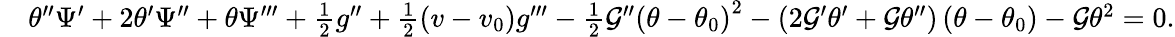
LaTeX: \begin{array}{rl}&{\theta^{\prime\prime}\Psi^{\prime}+2\theta^{\prime}\Psi^{\prime\prime}+\theta\Psi^{\prime\prime\prime}+\frac{1}{2}g^{\prime\prime}+\frac{1}{2}(v-v_{0})g^{\prime\prime\prime}-\frac{1}{2}\mathcal{G}^{\prime\prime}\left(\theta-\theta_{0}\right)^{2}-\left(2\mathcal{G}^{\prime}\theta^{\prime}+\mathcal{G}\theta^{\prime\prime}\right)\left(\theta-\theta_{0}\right)-\mathcal{G}\theta^{2}=0.}\end{array}